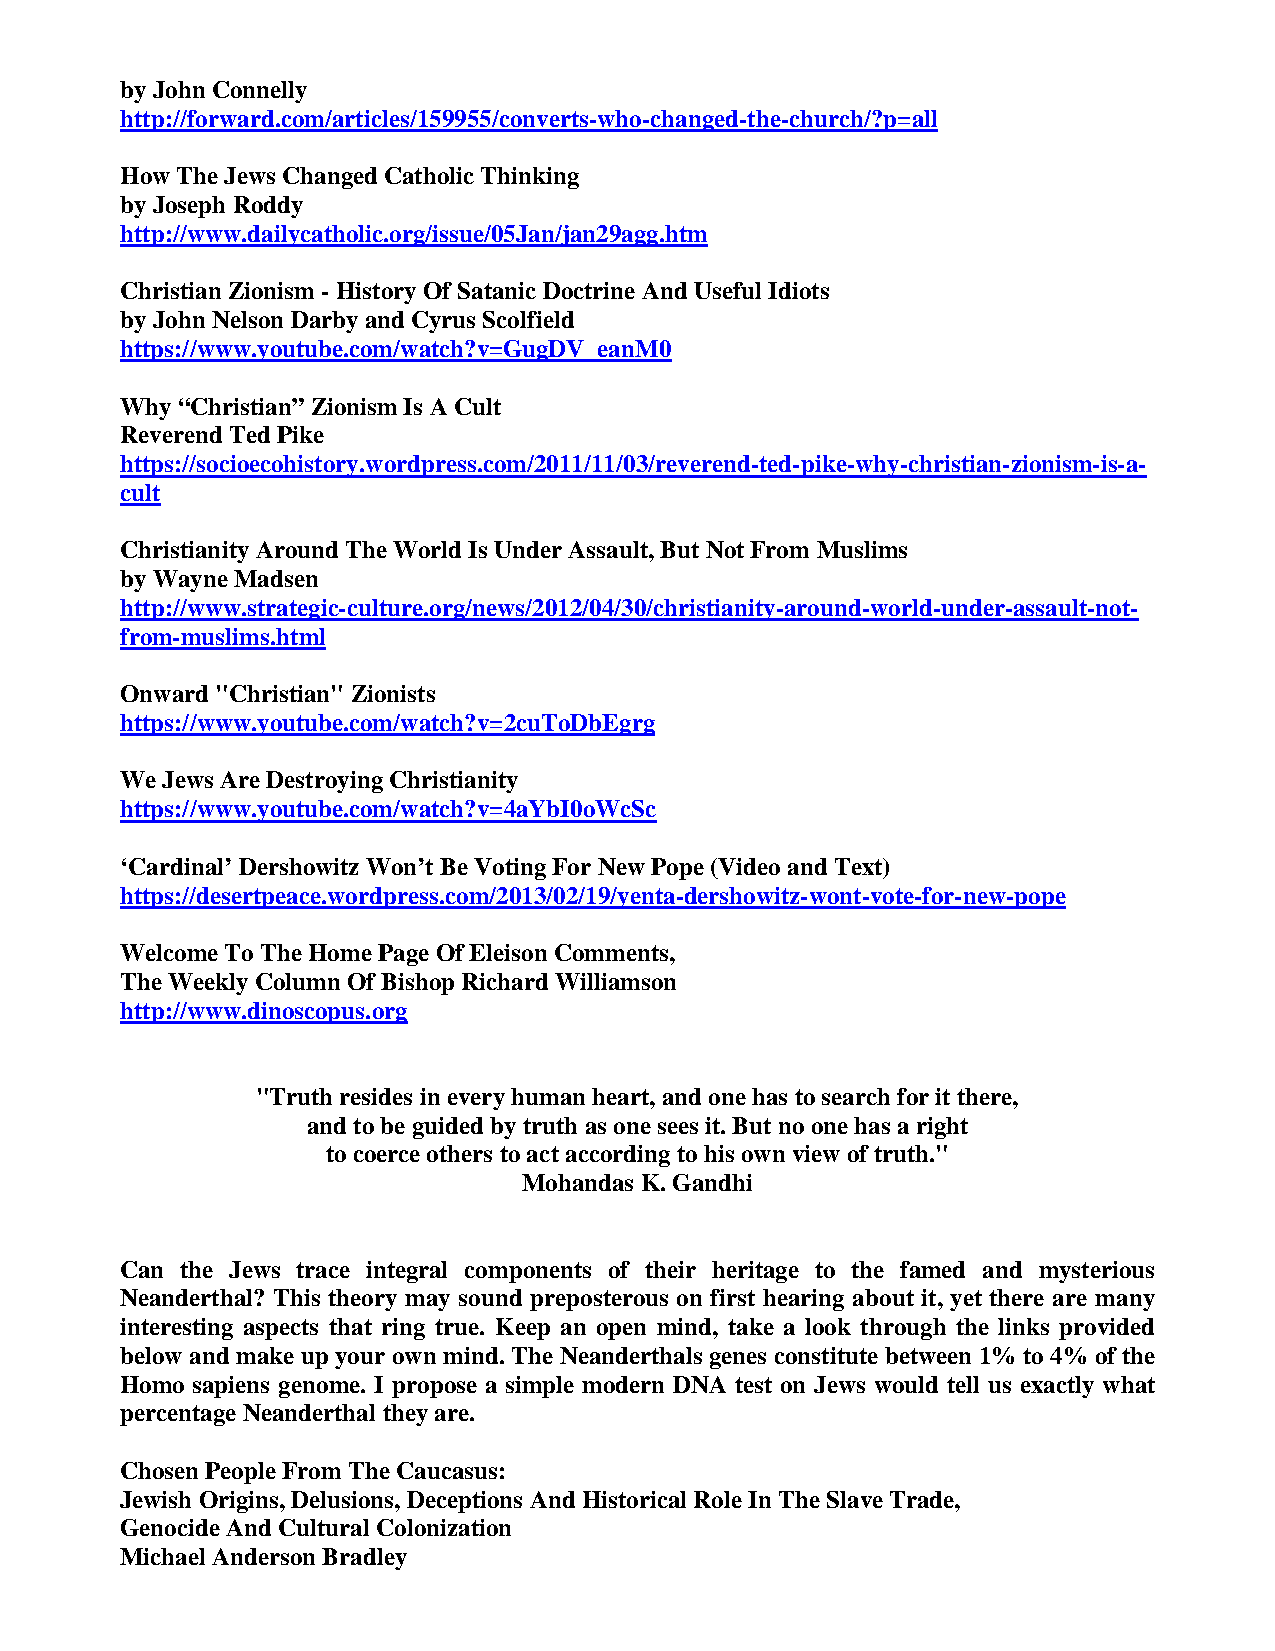
by John Connelly
 http://forward.com/articles/159955/converts-who-changed-the-church/?p=all
 How The Jews Changed Catholic Thinking
 by Joseph Roddy
 http://www.dailycatholic.org/issue/05Jan/jan29agg.htm
 Christian Zionism - History Of Satanic Doctrine And Useful Idiots
 by John Nelson Darby and Cyrus Scolfield
 https://www.youtube.com/watch?v=GugDV_eanM0
 Why “Christian” Zionism Is A Cult
 Reverend Ted Pike
 https://socioecohistory.wordpress.com/2011/11/03/reverend-ted-pike-why-christian-zionism-is-a-
 cult
 Christianity Around The World Is Under Assault, But Not From Muslims
 by Wayne Madsen
 http://www.strategic-culture.org/news/2012/04/30/christianity-around-world-under-assault-not-
 from-muslims.html
 Onward "Christian" Zionists
 https://www.youtube.com/watch?v=2cuToDbEgrg
 We Jews Are Destroying Christianity
 https://www.youtube.com/watch?v=4aYbI0oWcSc
 ‘Cardinal’ Dershowitz Won’t Be Voting For New Pope (Video and Text)
 https://desertpeace.wordpress.com/2013/02/19/yenta-dershowitz-wont-vote-for-new-pope
 Welcome To The Home Page Of Eleison Comments,
 The Weekly Column Of Bishop Richard Williamson
 http://www.dinoscopus.org
 "Truth resides in every human heart, and one has to search for it there,
 and to be guided by truth as one sees it. But no one has a right
 to coerce others to act according to his own view of truth."
 Mohandas K. Gandhi
 Can the Jews trace integral components of their heritage to the famed and mysterious
 Neanderthal? This theory may sound preposterous on first hearing about it, yet there are many
 interesting aspects that ring true. Keep an open mind, take a look through the links provided
 below and make up your own mind. The Neanderthals genes constitute between 1% to 4% of the
 Homo sapiens genome. I propose a simple modern DNA test on Jews would tell us exactly what
 percentage Neanderthal they are.
 Chosen People From The Caucasus:
 Jewish Origins, Delusions, Deceptions And Historical Role In The Slave Trade,
 Genocide And Cultural Colonization
 Michael Anderson Bradley